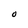
Character: O